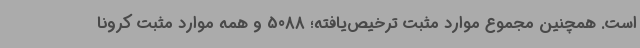
است. همچنین مجموع موارد مثبت ترخیص‌یافته؛ 5088 و همه موارد مثبت کرونا